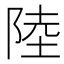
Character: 陸